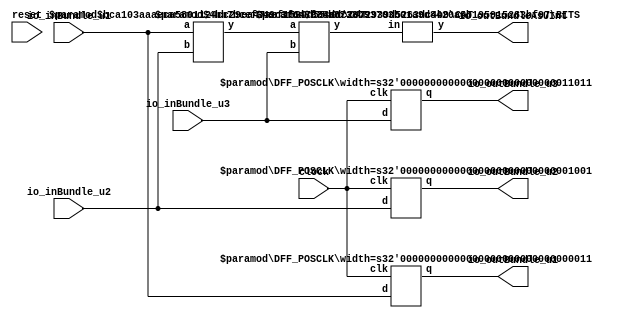
module BundlePassThrough(
    input clock,
    input reset,
    input [2:0] io_inBundle_u1,
    input [8:0] io_inBundle_u2,
    input [26:0] io_inBundle_u3,
    output [2:0] io_outBundle_u1,
    output [8:0] io_outBundle_u2,
    output [26:0] io_outBundle_u3,
    output [8:0] io_outBundleAsUInt
);
    wire [2:0] _regBundle_u1__q;
    wire [2:0] _regBundle_u1__d;
    DFF_POSCLK #(.width(3)) regBundle_u1 (
        .q(_regBundle_u1__q),
        .d(_regBundle_u1__d),
        .clk(clock)
    );
    wire [8:0] _regBundle_u2__q;
    wire [8:0] _regBundle_u2__d;
    DFF_POSCLK #(.width(9)) regBundle_u2 (
        .q(_regBundle_u2__q),
        .d(_regBundle_u2__d),
        .clk(clock)
    );
    wire [26:0] _regBundle_u3__q;
    wire [26:0] _regBundle_u3__d;
    DFF_POSCLK #(.width(27)) regBundle_u3 (
        .q(_regBundle_u3__q),
        .d(_regBundle_u3__d),
        .clk(clock)
    );
    wire [11:0] _T_6;
    CAT #(.width_a(3), .width_b(9)) cat_1 (
        .y(_T_6),
        .a(io_inBundle_u1),
        .b(io_inBundle_u2)
    );
    wire [38:0] _T_7;
    CAT #(.width_a(12), .width_b(27)) cat_2 (
        .y(_T_7),
        .a(_T_6),
        .b(io_inBundle_u3)
    );
    assign io_outBundle_u1 = _regBundle_u1__q;
    assign io_outBundle_u2 = _regBundle_u2__q;
    assign io_outBundle_u3 = _regBundle_u3__q;
    BITS #(.width(39), .high(8), .low(0)) bits_3 (
        .y(io_outBundleAsUInt),
        .in(_T_7)
    );
    assign _regBundle_u1__d = io_inBundle_u1;
    assign _regBundle_u2__d = io_inBundle_u2;
    assign _regBundle_u3__d = io_inBundle_u3;
endmodule //BundlePassThrough
module DFF_POSCLK(q, d, clk);
    parameter width = 4;
    output reg [width-1:0] q;
    input [width-1:0] d;
    input clk;
    always @(posedge clk) begin
        q <= d;
    end
endmodule // DFF_POSCLK
module CAT(y, a, b);
    parameter width_a = 4;
    parameter width_b = 4;
    output [width_a+width_b-1:0] y;
    input [width_a-1:0] a;
    input [width_b-1:0] b;
    assign y = {a, b};
endmodule // CAT
module BITS(y, in);
    parameter width = 4;
    parameter high = 2;
    parameter low = 0;
    output [high-low:0] y;
    input [width-1:0] in;
    assign y = in[high:low];
endmodule // BITS